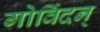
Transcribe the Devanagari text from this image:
गोविंदन्